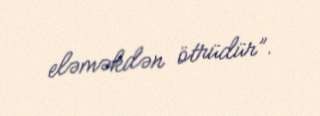
eləməkdən ötrüdür”.